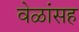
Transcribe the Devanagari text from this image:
वेळांसह